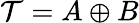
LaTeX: {\cal T}=A\oplus B